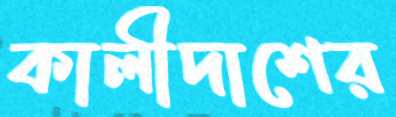
কালীদাশের